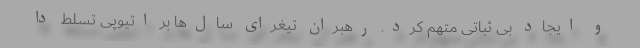
و ایجاد بی ثباتی متهم کرد. رهبران تیغرای سال‌ها بر اتیوپی تسلط دا